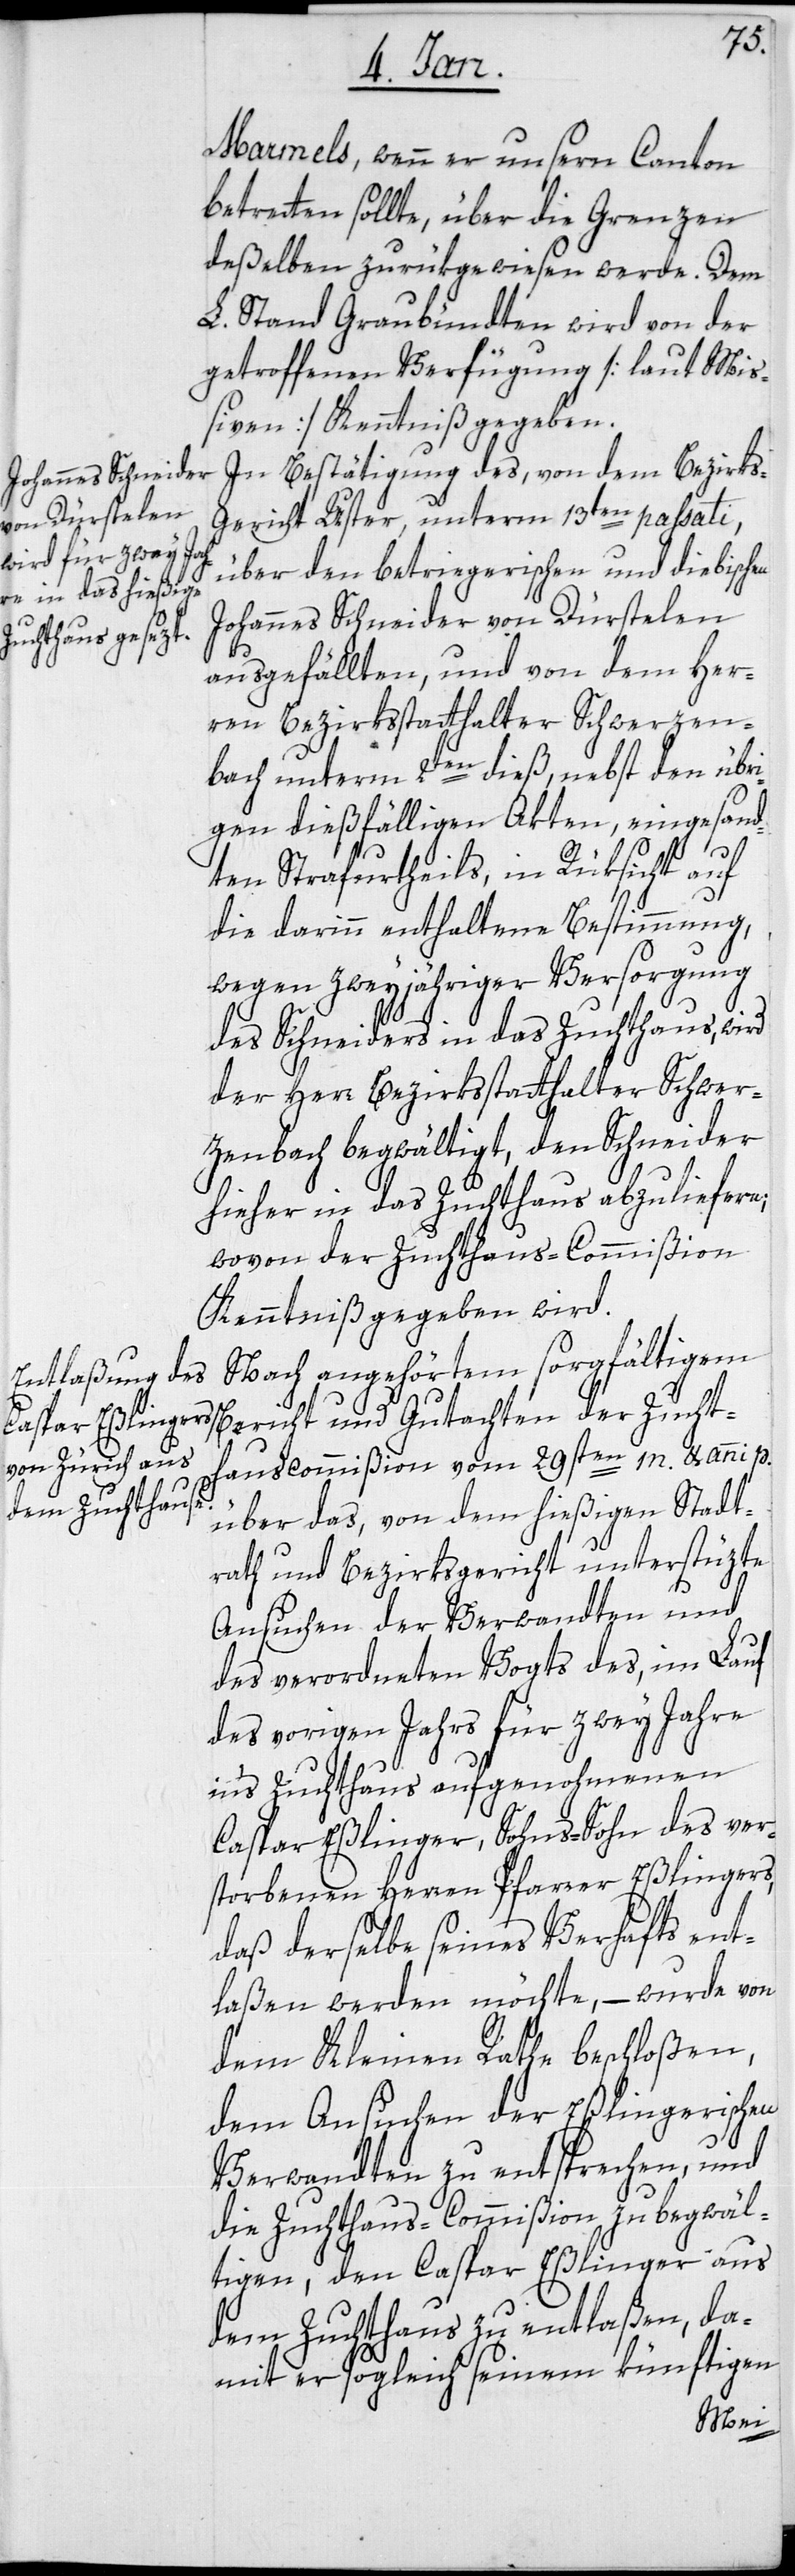
Marmels, wenn er unsern Canton
betretten sollte, über die Grenzen
deßelben zurükgewiesen werde. Dem
L. Stand Graubündten wird von der
getroffenen Verfügung [laut Miß¬
iven] Kenntniß gegeben.
In Bestätigung des, von dem Bezirks-G¬
ericht Uster, unterm 13ten passati,
über den betriegerischen und diebischen
Johannes Schneider von Dürstelen
ausgefällten, und von dem Her¬
ren Bezirksstatthalter Schwerzen¬
bach unterm 2ten dieß, nebst den übri¬
gen dießfälligen Akten, eingesand¬
ten Strafurtheils, in Rüksicht auf
die darinn enthaltene Bestimmung,
wegen zweyjähriger Versorgung
des Schneiders in das Zuchthaus, wird
der Herr Bezirkstatthalter Schwer¬
zenbach begwältigt, den Schneider
hieher in das Zuchthaus abzuliefern;
wovon der Zuchthaus-Commißion
Kenntniß gegeben wird.
Nach angehörtem sorgfältigem
commißion vom 29sten m. & anni p.
der Zuchthaus¬
über das, von dem hießigen Stadt¬
rath und Bezirksgericht unterstüzte
Ansuchen der Verwandten und
des verordneten Vogts des, im Lauf
des vorigen Jahrs für zwey Jahre
ins Zuchthaus aufgenohmenen
Caspar Eßlinger, Sohns-Sohn des ver¬
storbenen Herren Pfarrer Eßlingers,
daß derselbe seines Verhafts ent¬
laßen werden möchte, – wurde von
dem Kleinen Rathe beschloßen,
dem Ansuchen der Eßlingerischen
Verwandten zu entsprechen, und
die Zuchthaus-Commißion zu begwäl¬
tigen, den Caspar Eßlinger aus
dem Zuchthaus zu entlaßen, da¬
mit er sogleich seinem künftigen